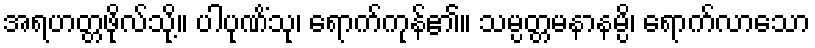
အရဟတ္တဖိုလ်သို့။ ပါပုဏိံသု၊ ရောက်ကုန်၏။ သမ္ပတ္တမနာနမ္ပိ၊ ရောက်လာသော